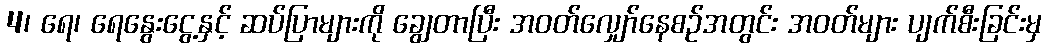
4၊ ရေ၊ ရေနွေးငွေ့နှင့် ဆပ်ပြာများကို ချွေတာပြီး အဝတ်လျှော်နေစဉ်အတွင်း အဝတ်များ ပျက်စီးခြင်းမှ